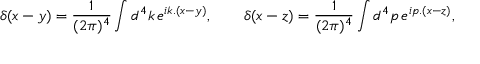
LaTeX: \delta ( x - y ) = { \frac { 1 } { ( 2 \pi ) ^ { 4 } } } \int d ^ { 4 } k \, e ^ { i k . ( x - y ) } , \qquad \delta ( x - z ) = { \frac { 1 } { ( 2 \pi ) ^ { 4 } } } \int d ^ { 4 } p \, e ^ { i p . ( x - z ) } ,